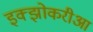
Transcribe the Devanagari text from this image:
इक्झोकरीआ